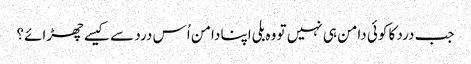
جب درد کا کوئی دامن ہی نہیں تو وہ بلی اپنا دامن اُس درد سے کیسے چھڑائے؟